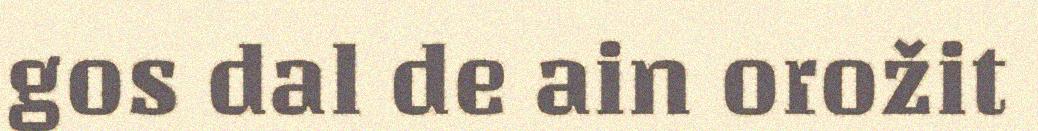
gos dal de ain orožit